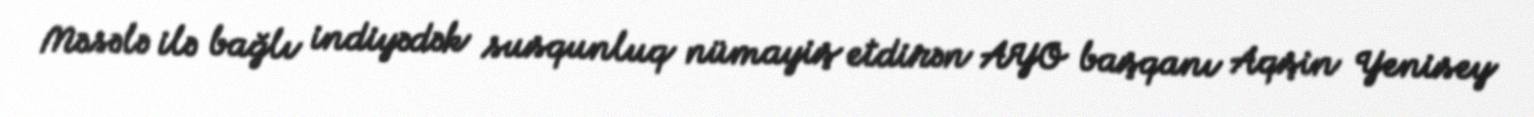
Məsələ ilə bağlı indiyədək susqunluq nümayiş etdirən AYO başqanı Aqşin Yenisey